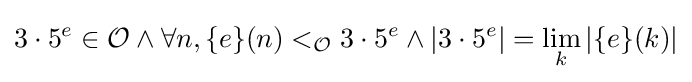
3\cdot 5^{e}\in {\mathcal {O}}\land \forall n,\{e\}(n)<_{\mathcal {O}}3\cdot 5^{e}\land |3\cdot 5^{e}|=\lim _{k}|\{e\}(k)|